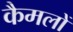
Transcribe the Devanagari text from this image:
कैमलों